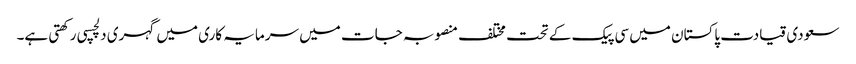
سعودی قیادت پاکستان میں سی پیک کے تحت مختلف منصوبہ جات میں سرمایہ کاری میں گہری دلچسپی رکھتی ہے۔